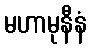
မဟာမုနီနံ